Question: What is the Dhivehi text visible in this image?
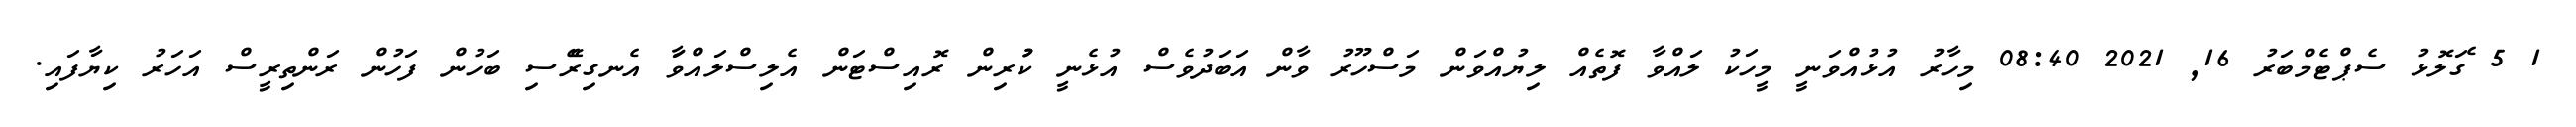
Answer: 1 5 ެގަލޮޅު ސެޕްޓެމްބަރު 16, 2021 08:40 މިހާރު އުޅުއްވަނީ މީހަކު ލައްވާ ފޮތެއް ލިޔުއްވަން މަސްހޫރު ވާން އަބަދުވެސް އުޅެނީ ކުުރިން ރޮއިސްޓަން އެލިސްލައްވަާ އެނގިރެޭސި ބަހުން ފަހުން ރަންތިރީސް އަހަރު ކިޔާފައި.